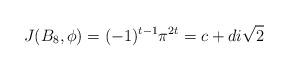
LaTeX: \begin{align*}J(B_8, \phi) = (-1)^{t-1} \pi^{2t} = c+ di\sqrt{2}\end{align*}